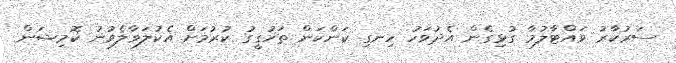
ސަރުކާރު ވައްޓާލުމާ ގުޅިގެން އެދުވަހު ހިނގި ކަންކަން ތަހުގީގު ކުރުމަށް އެކުލަވާލެވުނު ކޮމިޝަން